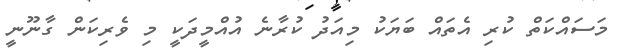
މަސައްކަތް ކުރި އެތައް ބަޔަކު މިއަދު ކުރާނެ އުއްމީދަކީ މި ވެރިކަން ގާނޫނީ